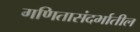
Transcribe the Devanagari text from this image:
गणितासंदर्भातील